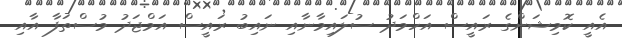
އެއީ ކޮމިޝަންގެ ރައީސް އަހްމަދު ސުލައިމާނާއި ނައިބު ރައީސް އަމްޖަދު މުސްތަފާ އާއި